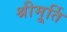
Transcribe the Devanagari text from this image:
श्रीमूर्ति